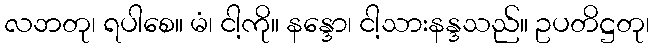
လဘတု၊ ရပါစေ။ မံ၊ ငါ့ကို။ နန္ဒော၊ ငါ့သားနန္ဒသည်။ ဥပတိဋ္ဌတု၊